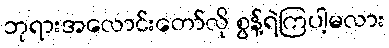
ဘုရားအလောင်းတော်လို စွန့်ရဲကြပါ့မလား